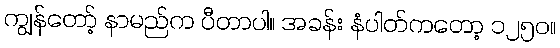
ကျွန်တော့် နာမည်က ပီတာပါ။ အခန်း နံပါတ်ကတော့ ၁၂၅၀။